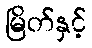
မြိတ်နှင့်